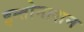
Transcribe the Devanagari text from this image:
इन्तोनाशन